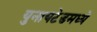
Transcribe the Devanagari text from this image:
युनायटेडमध्ये